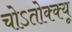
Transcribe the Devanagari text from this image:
चोऽतोक्क्यू